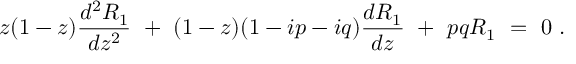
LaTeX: z ( 1 - z ) { \frac { d ^ { 2 } R _ { 1 } } { d z ^ { 2 } } } ~ + ~ ( 1 - z ) ( 1 - i p - i q ) { \frac { d R _ { 1 } } { d z } } ~ + ~ p q R _ { 1 } ~ = ~ 0 ~ .